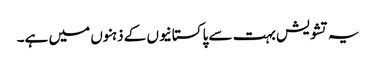
یہ تشویش بہت سے پاکستانیوں کے ذہنوں میں ہے۔